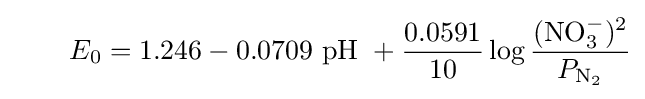
\qquad E_{0}=1.246-0.0709{\text{ pH }}+{\frac {0.0591}{10}}\log {\frac {(\mathrm {NO_{3}^{-}} )^{2}}{P_{\mathrm {N_{2}} }}}